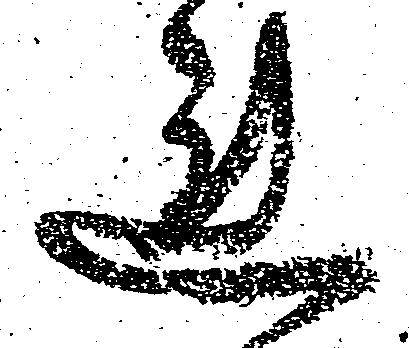
れ